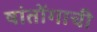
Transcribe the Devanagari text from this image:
षांतोंगाची